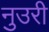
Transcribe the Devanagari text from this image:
नुउरी